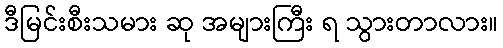
ဒီမြင်းစီးသမား ဆု အများကြီး ရ သွားတာလား။